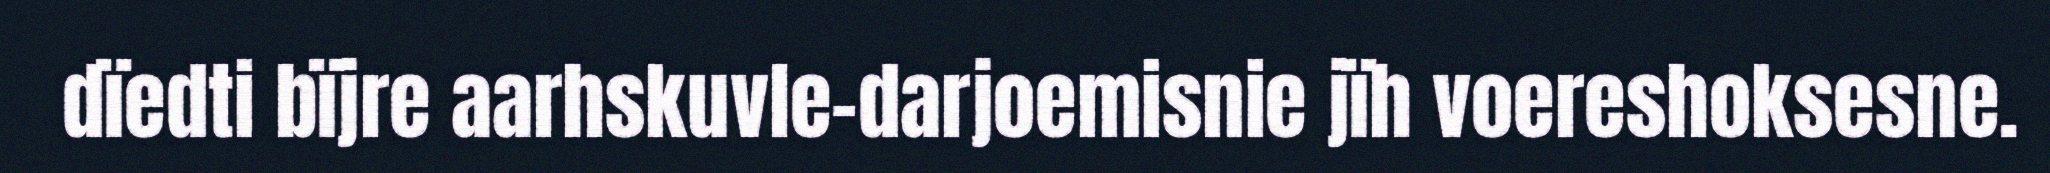
dïedti bïjre aarhskuvle-darjoemisnie jïh voereshoksesne.